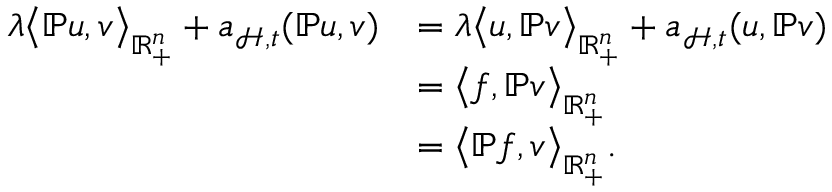
\begin{array} { r l } { \lambda \big \langle \mathbb { P } u , v \big \rangle _ { \mathbb { R } _ { + } ^ { n } } + \mathfrak { a } _ { \mathcal { H } , \mathfrak { t } } ( \mathbb { P } u , v ) } & { = \lambda \big \langle u , \mathbb { P } v \big \rangle _ { \mathbb { R } _ { + } ^ { n } } + \mathfrak { a } _ { \mathcal { H } , \mathfrak { t } } ( u , \mathbb { P } v ) } \\ & { = \big \langle f , \mathbb { P } v \big \rangle _ { \mathbb { R } _ { + } ^ { n } } } \\ & { = \big \langle \mathbb { P } f , v \big \rangle _ { \mathbb { R } _ { + } ^ { n } } \mathrm { . ~ } } \end{array}